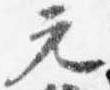
元